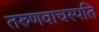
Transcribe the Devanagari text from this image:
तरुणवाचस्पति